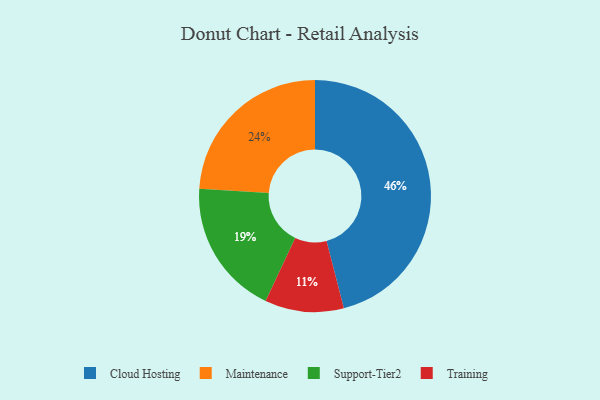
{"axis": {"x": "Category", "y": "Percentage"}, "legend": ["Cloud Hosting", "Maintenance", "Support-Tier2", "Training"], "data": [{"x": "Cloud Hosting", "y": 46, "type": "Cloud Hosting"}, {"x": "Training", "y": 11, "type": "Training"}, {"x": "Support-Tier2", "y": 19, "type": "Support-Tier2"}, {"x": "Maintenance", "y": 24, "type": "Maintenance"}]}